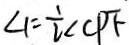
\angle 1 = \frac { 1 } { 2 } \angle C P F